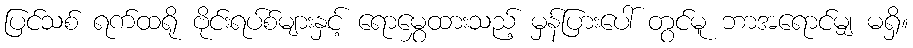
ပြင်သစ် ရက်ထရို ဗိုင်းရပ်စ်များနှင့် ရောမွှေထားသည့် မှန်ပြားပေါ် တွင်မူ ဘာအရောင်မျှ မရှိ။